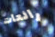
رائعات